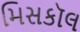
મિસકૉલ